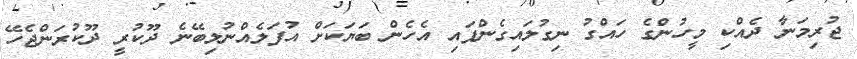
ޖުރިމަނާ ދެއްކި މީހުންގެ ހައްގު ނިގުލައިގެންފައި އެހެން ބަޔަކަށް އުފަލެއްނުލިބޭނެ ދޫކުރީ ދޫކުރަންޖެހޭ